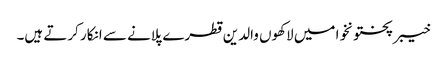
خیبرپختونخوا میں لاکھوں والدین قطرے پلانے سے انکار کرتے ہیں۔